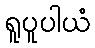
ရူပူပါယံ